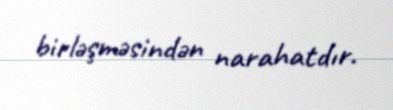
birləşməsindən narahatdır.